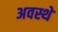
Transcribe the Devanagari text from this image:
अवस्थे